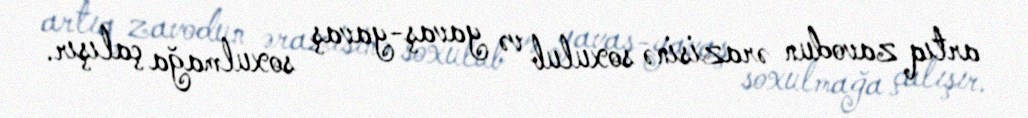
artıq zavodun ərazisinə soxulub və yavaş-yavaş soxulmağa çalışır.